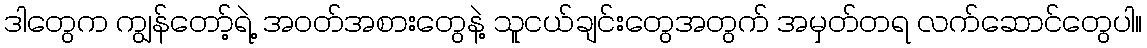
ဒါတွေက ကျွန်တော့်ရဲ့ အဝတ်အစားတွေနဲ့ သူငယ်ချင်းတွေအတွက် အမှတ်တရ လက်ဆောင်တွေပါ။